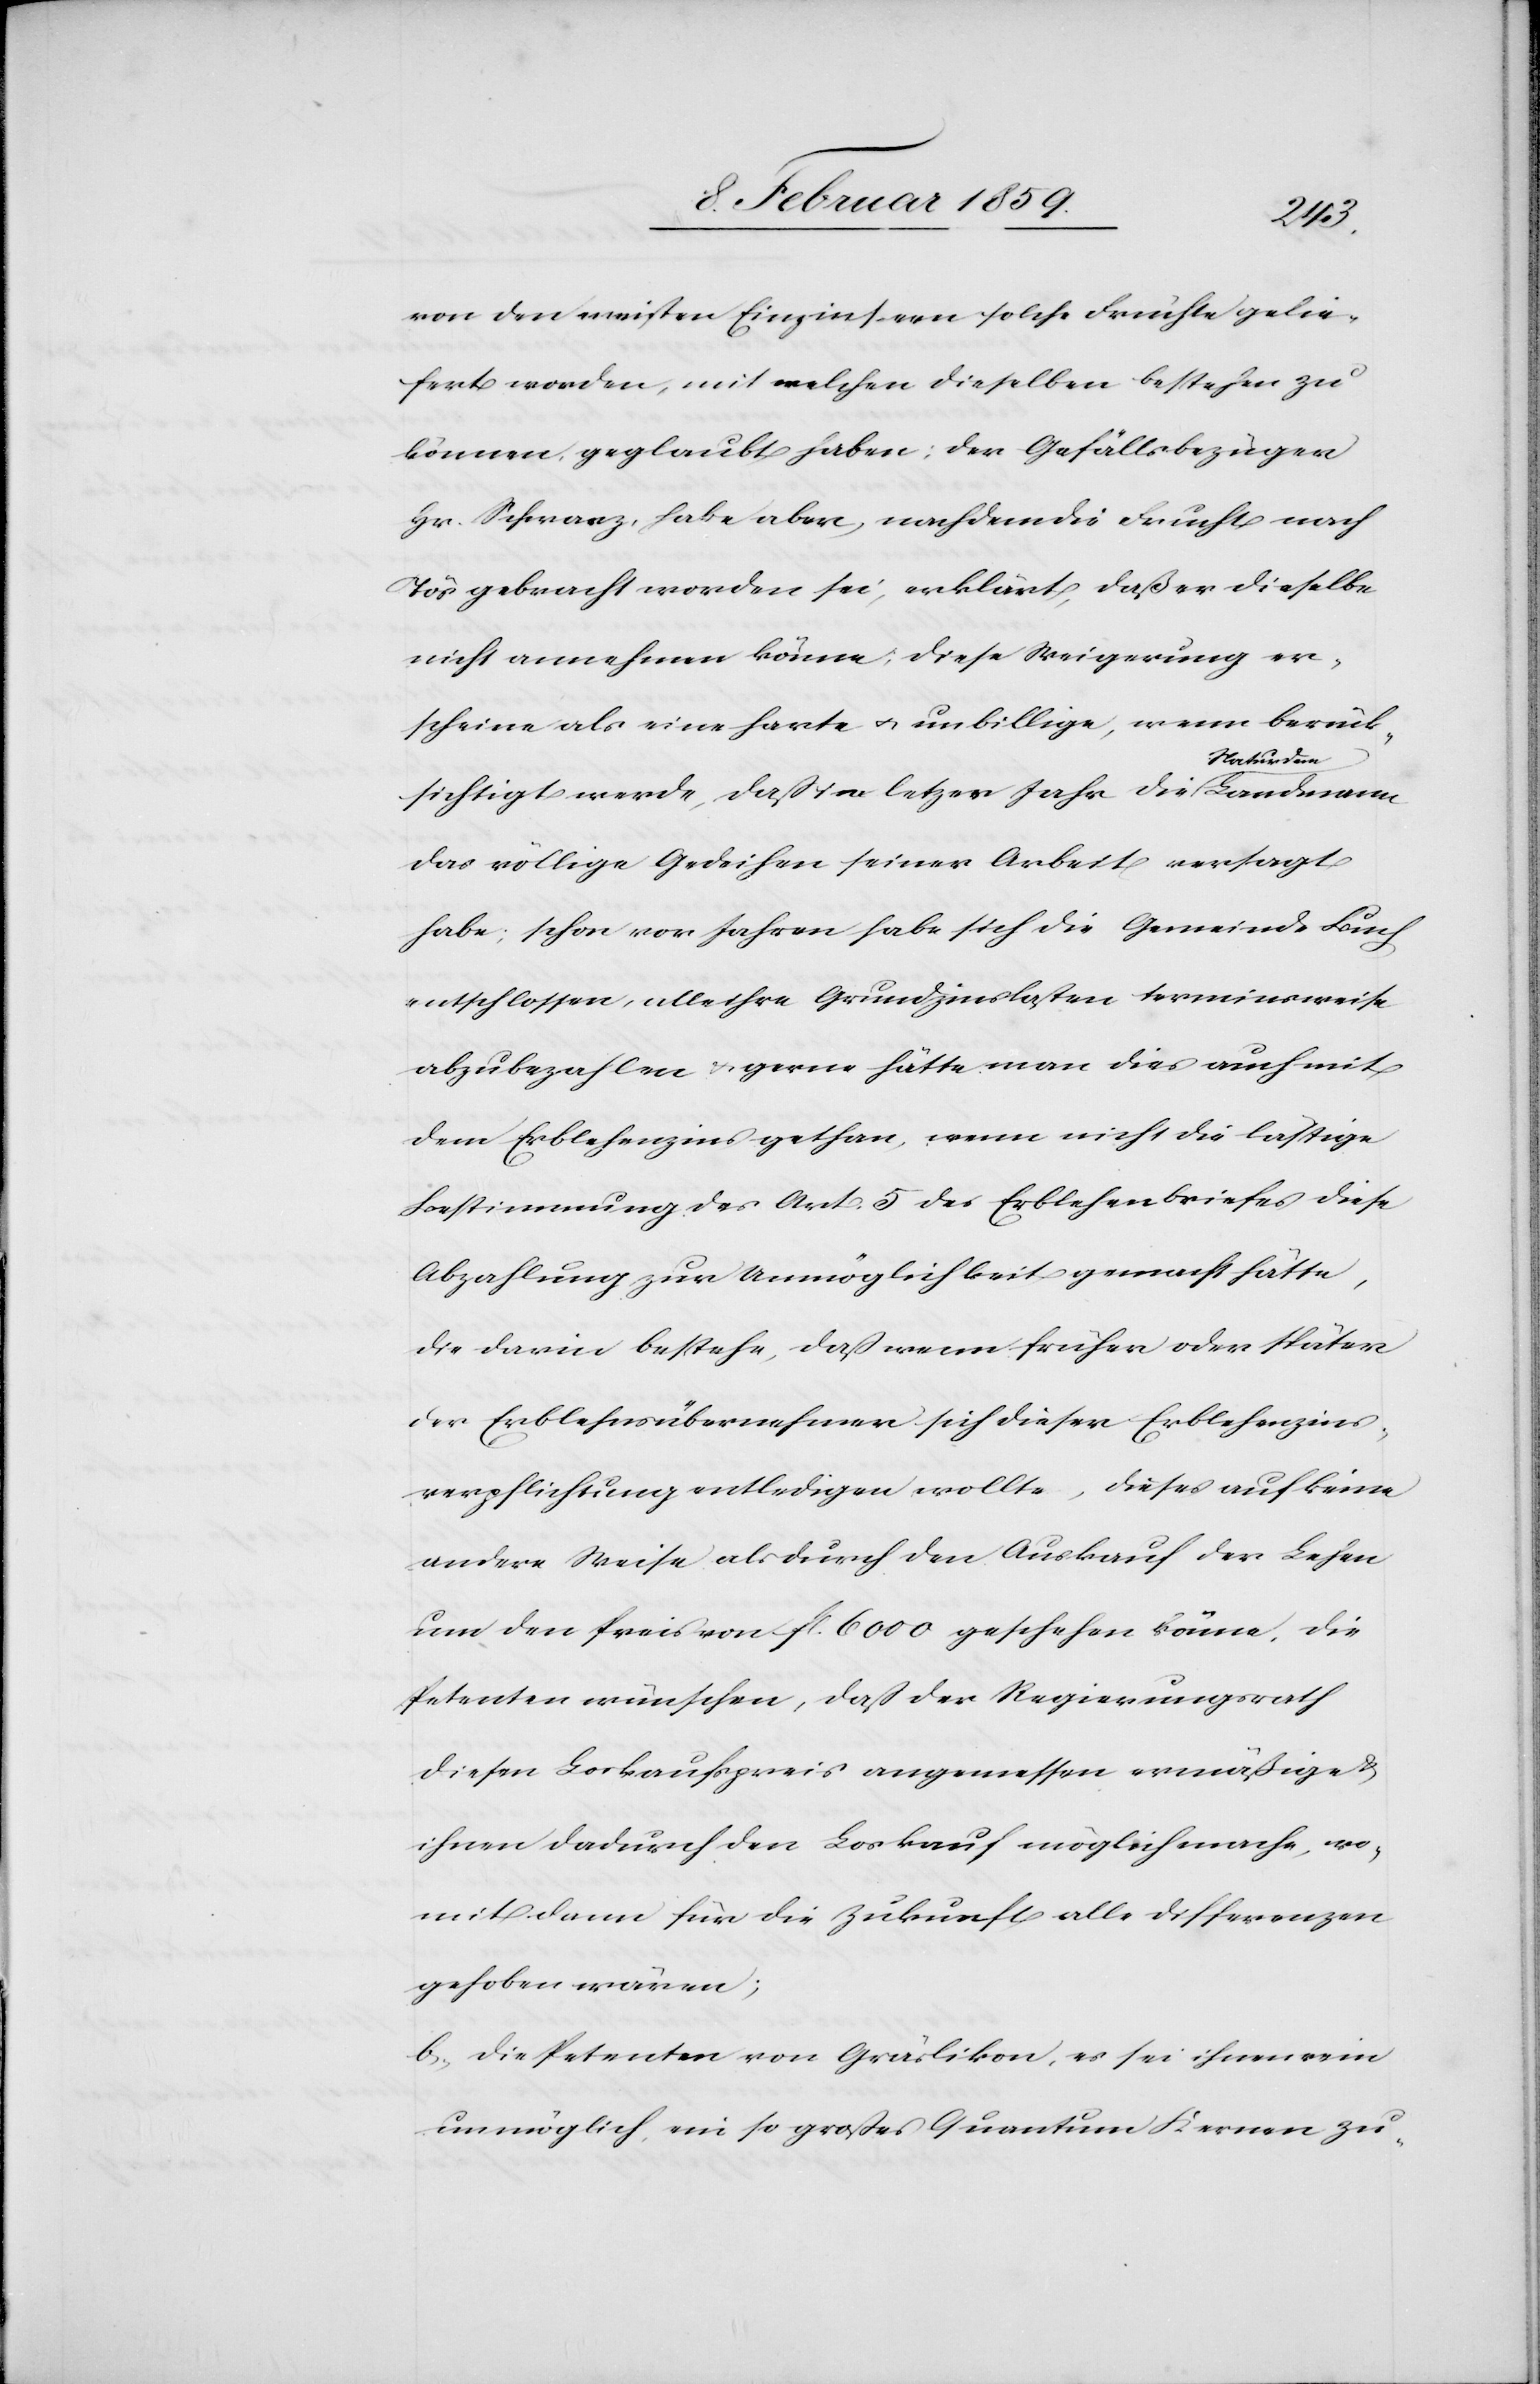
von den meisten Einzinsern solche Früchte gelie¬
fert worden, mit welchen dieselben bestehen zu
können, geglaubt haben; der Gefällsbezüger
Hr. Schwarz, habe aber, nachdem die Frucht nach
Tös gebracht worden sei, erklärt, daß er dieselbe
nicht annehmen könne; diese Weigerung er¬
scheine als eine harte u. unbillige, wenn berück¬
sichtigt werde, daß im letzten Jahr die Natur dem
das völlige Gedeihen seiner Arbeit versagt
habe; schon vor Jahren habe sich die Gemeinde Buch
entschlossen, alle ihre Grundzinslasten terminsweise
abzubezahlen u. garne hätte man dies auch mit
dem Erblehenzins gethan, wenn nicht die lästige
Bestimmung des Art. 5 des Erblehenbriefes diese
Abzahlung zur Unmöglichkeit gemacht hätte,
die darin bestehe, daß wenn früher oder später
der Erblehensübernehmer sich dieser Erblehenzins¬
verpflichtung entledigen wollte, dieses auf keine
andere Weise als durch den Auskauf der Lehen
um den Preis von fl. 6000 geschehen könne. Die
Petenten wünschen, daß der Regierungsrath
diesen Loskaufspreis angemessen ermäßige &
ihnen dadurch den Loskauf möglich mache, wo¬
mit denn für die Zukunft alle Differenzen
gehoben wären;
b, Die Petenten von Gräslikon, es sei ihnen rein
unmöglich, ein so großes Quantum Kernen zu-